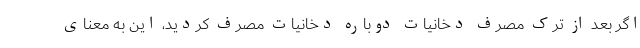
اگر بعد از ترک مصرف دخانیات دوباره دخانیات مصرف کردید، این به معنای